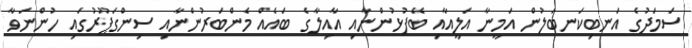
ސަމަދުގެ އަނބިކަނބަލުން އަމީނާ އަލީއާއި ބޭފުޅުންނާއި އާއިލާގެ ބައެއް މެންބަރުންނާއި ސިންގަޕޫރުގައި ހުންނަވާ